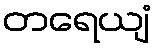
တရေယျံ